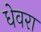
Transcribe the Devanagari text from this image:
धेवरा